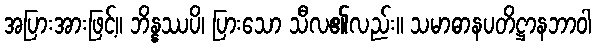
အပြားအားဖြင့်။ ဘိန္နဿပိ၊ ပြားသော သီလ၏လည်း။ သမာဓာနပတိဋ္ဌာနဘာဝါ